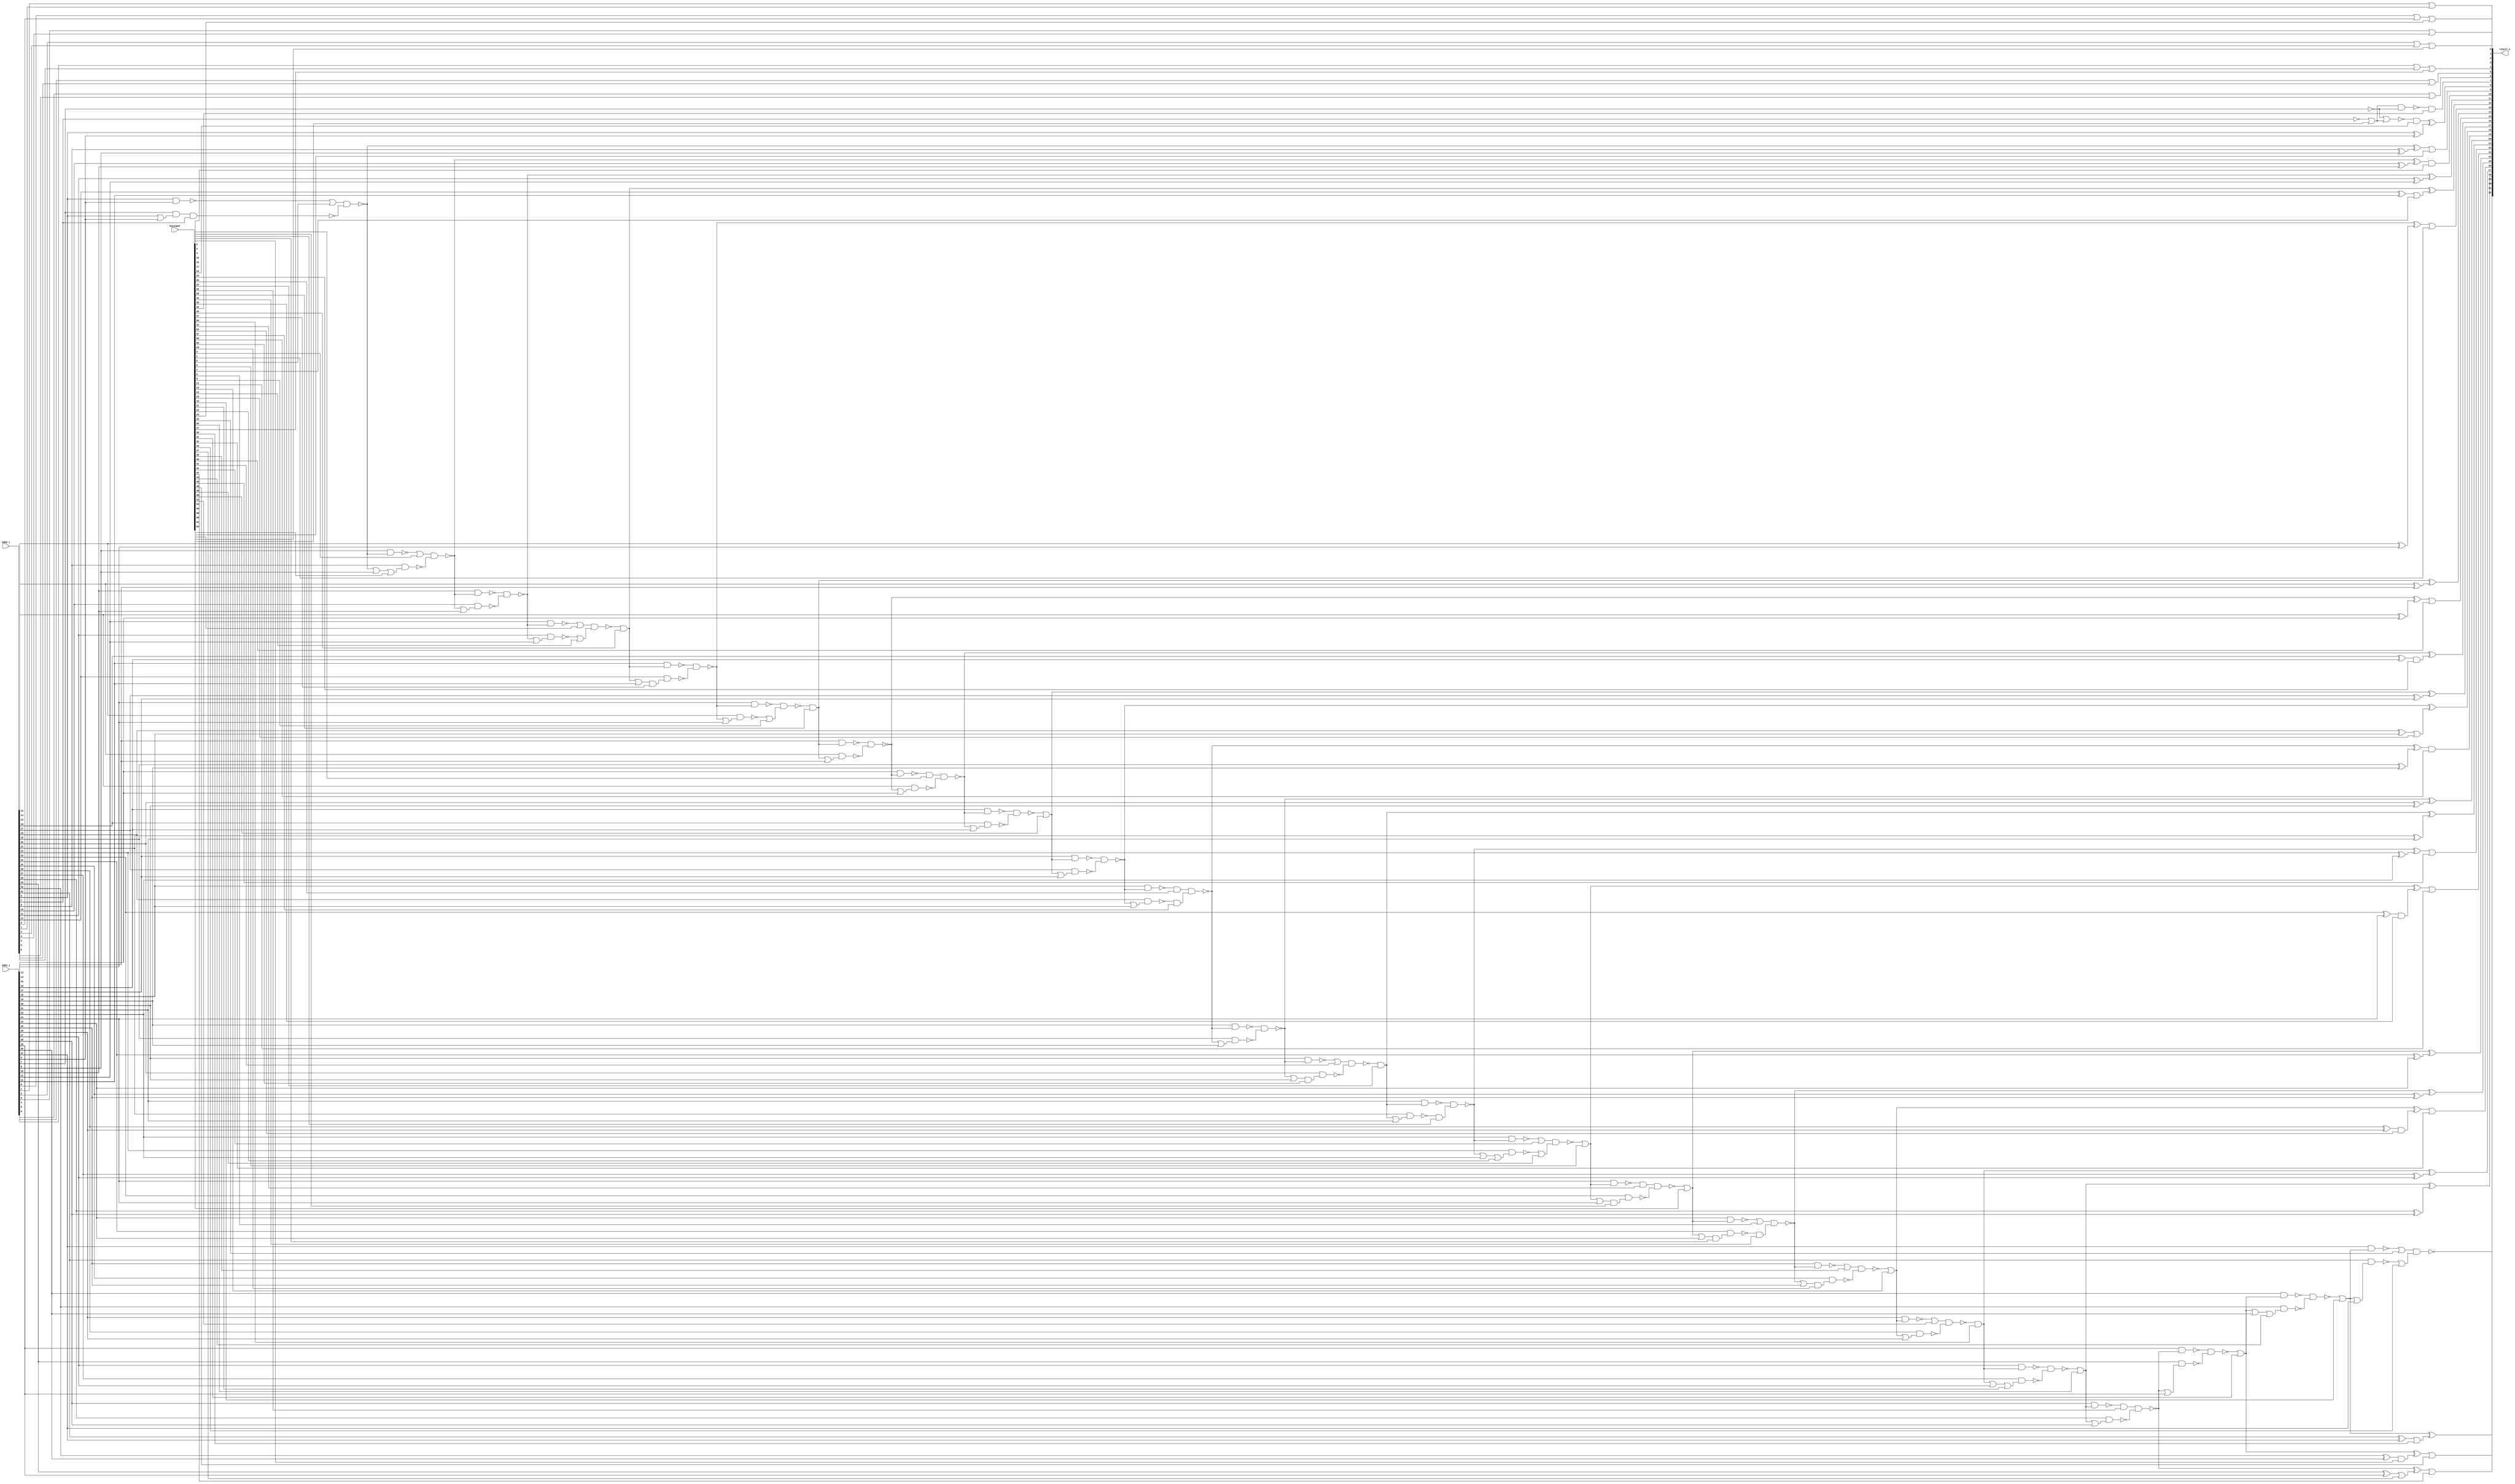
// Verilog File 
module lower_part_or_carry_lookahead_adder32_aor_enc64(add1_i,add2_i,keyinput,result_o);

input [31:0] add1_i, add2_i;
input [63:0] keyinput;


output [32:0] result_o;

wire n28, n29, xenc61, xenc18, n31, xenc16, xenc30, n36, xenc31, 
xenc2, xenc46, n41, n45, xenc37, xenc43, n46, xenc26, n51, xenc50, 
n56, xenc13, xenc53, xenc32, n61, n65, n66, xenc56, n71, xenc6, 
xenc35, xenc11, n76, n80, n81, xenc45, xenc22, n86, n90, n91, 
n95, n96, xenc58, n100, xenc15, n101, xenc49, n106, n110, xenc19, 
n111, n115, n116, xenc40, xenc29, n121, n125, n126, xenc1, xenc39, 
xenc7, n131, n135, n136, n140, n141, xenc17, xenc54, n26, xenc36, 
xenc5, n146, n145, n147, xenc0, n143, n142, xenc62, n144, n137, 
n138, n139, xenc59, xenc14, n130, n132, n134, n133, n127, n128, 
xenc47, n129, n122, xenc9, n120, n124, n123, n117, n118, n119, 
xenc3, n113, n112, n114, n107, n108, n105, n109, n102, n103, 
n104, xenc20, xenc57, n97, n99, n98, n92, n93, n94, xenc41, 
n88, n85, n87, xenc60, n89, n82, xenc10, n84, n83, xenc42, 
xenc48, n75, n77, xenc23, n78, n79, xenc52, n73, n70, n72, 
xenc12, n74, xenc8, xenc34, n67, xenc4, n68, n69, xenc38, n63, 
n60, n62, xenc63, n64, xenc51, n58, n55, n57, n59, n52, 
n53, n50, xenc21, n54, xenc28, n48, n47, n49, n42, n43, 
n40, n44, n37, n38, n35, xenc44, n39, xenc25, xenc33, n32, 
n34, n33, n30, n27, xenc24, xenc55, xenc27;

xor g0(xenc61, n28, n29);
xor g1(n29, add2_i[9], add1_i[9]);
xor g2(result_o[8], xenc18, n31);
xor g3(n31, add2_i[8], add1_i[8]);
xor g4(result_o[31], xenc16, xenc30);
xor g5(n36, add2_i[31], add1_i[31]);
xor g6(xenc46, xenc31, xenc2);
xor g7(n41, add2_i[30], add1_i[30]);
xor g8(xenc43, n45, xenc37);
xor g9(n46, add2_i[29], add1_i[29]);
xor g10(result_o[28], xenc26, n51);
xor g11(n51, add2_i[28], add1_i[28]);
xor g12(result_o[27], xenc50, n56);
xor g13(n56, add2_i[27], add1_i[27]);
xor g14(xenc32, xenc13, xenc53);
xor g15(n61, add2_i[26], add1_i[26]);
xor g16(result_o[25], n65, n66);
xor g17(n66, add2_i[25], add1_i[25]);
xor g18(result_o[24], xenc56, n71);
xor g19(n71, add2_i[24], add1_i[24]);
xor g20(xenc11, xenc6, xenc35);
xor g21(n76, add2_i[23], add1_i[23]);
xor g22(xenc45, n80, n81);
xor g23(n81, add2_i[22], add1_i[22]);
xor g24(result_o[21], xenc22, n86);
xor g25(n86, add2_i[21], add1_i[21]);
xor g26(result_o[20], n90, n91);
xor g27(n91, add2_i[20], add1_i[20]);
xor g28(xenc58, n95, n96);
xor g29(n96, add2_i[19], add1_i[19]);
xor g30(result_o[18], n100, xenc15);
xor g31(n101, add2_i[18], add1_i[18]);
xor g32(result_o[17], xenc49, n106);
xor g33(n106, add2_i[17], add1_i[17]);
xor g34(result_o[16], n110, xenc19);
xor g35(n111, add2_i[16], add1_i[16]);
xor g36(xenc40, n115, n116);
xor g37(n116, add2_i[15], add1_i[15]);
xor g38(result_o[14], xenc29, n121);
xor g39(n121, add2_i[14], add1_i[14]);
xor g40(xenc1, n125, n126);
xor g41(n126, add2_i[13], add1_i[13]);
xor g42(result_o[12], xenc39, xenc7);
xor g43(n131, add2_i[12], add1_i[12]);
xor g44(result_o[11], n135, n136);
xor g45(n136, add2_i[11], add1_i[11]);
xor g46(xenc17, n140, n141);
xor g47(n141, add2_i[10], add1_i[10]);
nand g48(xenc36, xenc54, n26);
nand g49(n28, xenc5, n146);
nand g50(n145, add2_i[8], add1_i[8]);
nand g51(n146, add1_i[7], n147, add2_i[7]);
or g52(n147, add2_i[8], add1_i[8]);
nand g53(n140, xenc0, n143);
nand g54(n142, add1_i[9], n28);
nand g55(n143, add2_i[9], xenc62);
or g56(n144, n28, add1_i[9]);
nand g57(n135, n137, n138);
nand g58(n137, add1_i[10], n140);
nand g59(n138, add2_i[10], n139);
or g60(n139, n140, add1_i[10]);
nand g61(n130, xenc59, xenc14);
nand g62(n132, add1_i[11], n135);
nand g63(n133, add2_i[11], n134);
or g64(n134, n135, add1_i[11]);
nand g65(n125, n127, n128);
nand g66(n127, add1_i[12], xenc39);
nand g67(n128, add2_i[12], xenc47);
or g68(n129, xenc39, add1_i[12]);
nand g69(n120, n122, xenc9);
nand g70(n122, add1_i[13], n125);
nand g71(n123, add2_i[13], n124);
or g72(n124, n125, add1_i[13]);
nand g73(n115, n117, n118);
nand g74(n117, add1_i[14], xenc29);
nand g75(n118, add2_i[14], n119);
or g76(n119, xenc29, add1_i[14]);
nand g77(n110, xenc3, n113);
nand g78(n112, add1_i[15], n115);
nand g79(n113, add2_i[15], n114);
or g80(n114, n115, add1_i[15]);
nand g81(n105, n107, n108);
nand g82(n107, add1_i[16], n110);
nand g83(n108, add2_i[16], n109);
or g84(n109, n110, add1_i[16]);
nand g85(n100, n102, n103);
nand g86(n102, add1_i[17], xenc49);
nand g87(n103, add2_i[17], n104);
or g88(n104, xenc49, add1_i[17]);
nand g89(n95, xenc20, xenc57);
nand g90(n97, add1_i[18], n100);
nand g91(n98, add2_i[18], n99);
or g92(n99, n100, add1_i[18]);
nand g93(n90, n92, n93);
nand g94(n92, add1_i[19], n95);
nand g95(n93, add2_i[19], n94);
or g96(n94, n95, add1_i[19]);
nand g97(n85, xenc41, n88);
nand g98(n87, add1_i[20], n90);
nand g99(n88, add2_i[20], xenc60);
or g100(n89, n90, add1_i[20]);
nand g101(n80, n82, xenc10);
nand g102(n82, add1_i[21], xenc22);
nand g103(n83, add2_i[21], n84);
or g104(n84, xenc22, add1_i[21]);
nand g105(n75, xenc42, xenc48);
nand g106(n77, add1_i[22], n80);
nand g107(n78, add2_i[22], xenc23);
or g108(n79, n80, add1_i[22]);
nand g109(n70, xenc52, n73);
nand g110(n72, add1_i[23], xenc6);
nand g111(n73, add2_i[23], xenc12);
or g112(n74, xenc6, add1_i[23]);
nand g113(n65, xenc8, xenc34);
nand g114(n67, add1_i[24], xenc56);
nand g115(n68, add2_i[24], xenc4);
or g116(n69, xenc56, add1_i[24]);
nand g117(n60, xenc38, n63);
nand g118(n62, add1_i[25], n65);
nand g119(n63, add2_i[25], xenc63);
or g120(n64, n65, add1_i[25]);
nand g121(n55, xenc51, n58);
nand g122(n57, add1_i[26], xenc13);
nand g123(n58, add2_i[26], n59);
or g124(n59, xenc13, add1_i[26]);
nand g125(n50, n52, n53);
nand g126(n52, add1_i[27], xenc50);
nand g127(n53, add2_i[27], xenc21);
or g128(n54, xenc50, add1_i[27]);
nand g129(n45, xenc28, n48);
nand g130(n47, add1_i[28], xenc26);
nand g131(n48, add2_i[28], n49);
or g132(n49, xenc26, add1_i[28]);
nand g133(n40, n42, n43);
nand g134(n42, add1_i[29], n45);
nand g135(n43, add2_i[29], n44);
or g136(n44, n45, add1_i[29]);
nand g137(n35, n37, n38);
nand g138(n37, add1_i[30], xenc31);
nand g139(n38, add2_i[30], xenc44);
or g140(n39, xenc31, add1_i[30]);
nand g141(result_o[32], xenc25, xenc33);
nand g142(n32, add1_i[31], xenc16);
nand g143(n33, add2_i[31], n34);
or g144(n34, xenc16, add1_i[31]);
nor g145(n30, n26, xenc54);
not g146(n26, add1_i[7]);
not g147(n27, add2_i[7]);
or g148(xenc24, add1_i[0], add2_i[0]);
or g149(result_o[1], add1_i[1], add2_i[1]);
or g150(xenc55, add1_i[2], add2_i[2]);
or g151(result_o[3], add1_i[3], add2_i[3]);
or g152(xenc27, add1_i[4], add2_i[4]);
or g153(result_o[5], add1_i[5], add2_i[5]);
or g154(result_o[6], add1_i[6], add2_i[6]);
or g155(xenc0, n142, keyinput[0]);
or g156(result_o[13], xenc1, keyinput[1]);
and g157(xenc2, n41, keyinput[2]);
and g158(xenc3, n112, keyinput[3]);
and g159(xenc4, n69, keyinput[4]);
or g160(xenc5, n145, keyinput[5]);
or g161(xenc6, n75, keyinput[6]);
or g162(xenc7, n131, keyinput[7]);
or g163(xenc8, n67, keyinput[8]);
or g164(xenc9, n123, keyinput[9]);
and g165(xenc10, n83, keyinput[10]);
or g166(result_o[23], xenc11, keyinput[11]);
and g167(xenc12, n74, keyinput[12]);
or g168(xenc13, n60, keyinput[13]);
or g169(xenc14, n133, keyinput[14]);
or g170(xenc15, n101, keyinput[15]);
or g171(xenc16, n35, keyinput[16]);
and g172(result_o[10], xenc17, keyinput[17]);
and g173(xenc18, n30, keyinput[18]);
and g174(xenc19, n111, keyinput[19]);
and g175(xenc20, n97, keyinput[20]);
or g176(xenc21, n54, keyinput[21]);
and g177(xenc22, n85, keyinput[22]);
or g178(xenc23, n79, keyinput[23]);
or g179(result_o[0], xenc24, keyinput[24]);
or g180(xenc25, n32, keyinput[25]);
or g181(xenc26, n50, keyinput[26]);
or g182(result_o[4], xenc27, keyinput[27]);
and g183(xenc28, n47, keyinput[28]);
and g184(xenc29, n120, keyinput[29]);
or g185(xenc30, n36, keyinput[30]);
or g186(xenc31, n40, keyinput[31]);
or g187(result_o[26], xenc32, keyinput[32]);
or g188(xenc33, n33, keyinput[33]);
and g189(xenc34, n68, keyinput[34]);
and g190(xenc35, n76, keyinput[35]);
and g191(result_o[7], xenc36, keyinput[36]);
or g192(xenc37, n46, keyinput[37]);
or g193(xenc38, n62, keyinput[38]);
and g194(xenc39, n130, keyinput[39]);
or g195(result_o[15], xenc40, keyinput[40]);
or g196(xenc41, n87, keyinput[41]);
or g197(xenc42, n77, keyinput[42]);
or g198(result_o[29], xenc43, keyinput[43]);
or g199(xenc44, n39, keyinput[44]);
or g200(result_o[22], xenc45, keyinput[45]);
or g201(result_o[30], xenc46, keyinput[46]);
and g202(xenc47, n129, keyinput[47]);
or g203(xenc48, n78, keyinput[48]);
or g204(xenc49, n105, keyinput[49]);
and g205(xenc50, n55, keyinput[50]);
or g206(xenc51, n57, keyinput[51]);
and g207(xenc52, n72, keyinput[52]);
and g208(xenc53, n61, keyinput[53]);
or g209(xenc54, n27, keyinput[54]);
or g210(result_o[2], xenc55, keyinput[55]);
or g211(xenc56, n70, keyinput[56]);
and g212(xenc57, n98, keyinput[57]);
and g213(result_o[19], xenc58, keyinput[58]);
or g214(xenc59, n132, keyinput[59]);
and g215(xenc60, n89, keyinput[60]);
or g216(result_o[9], xenc61, keyinput[61]);
or g217(xenc62, n144, keyinput[62]);
and g218(xenc63, n64, keyinput[63]);
endmodule